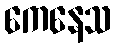
ကေနေသ